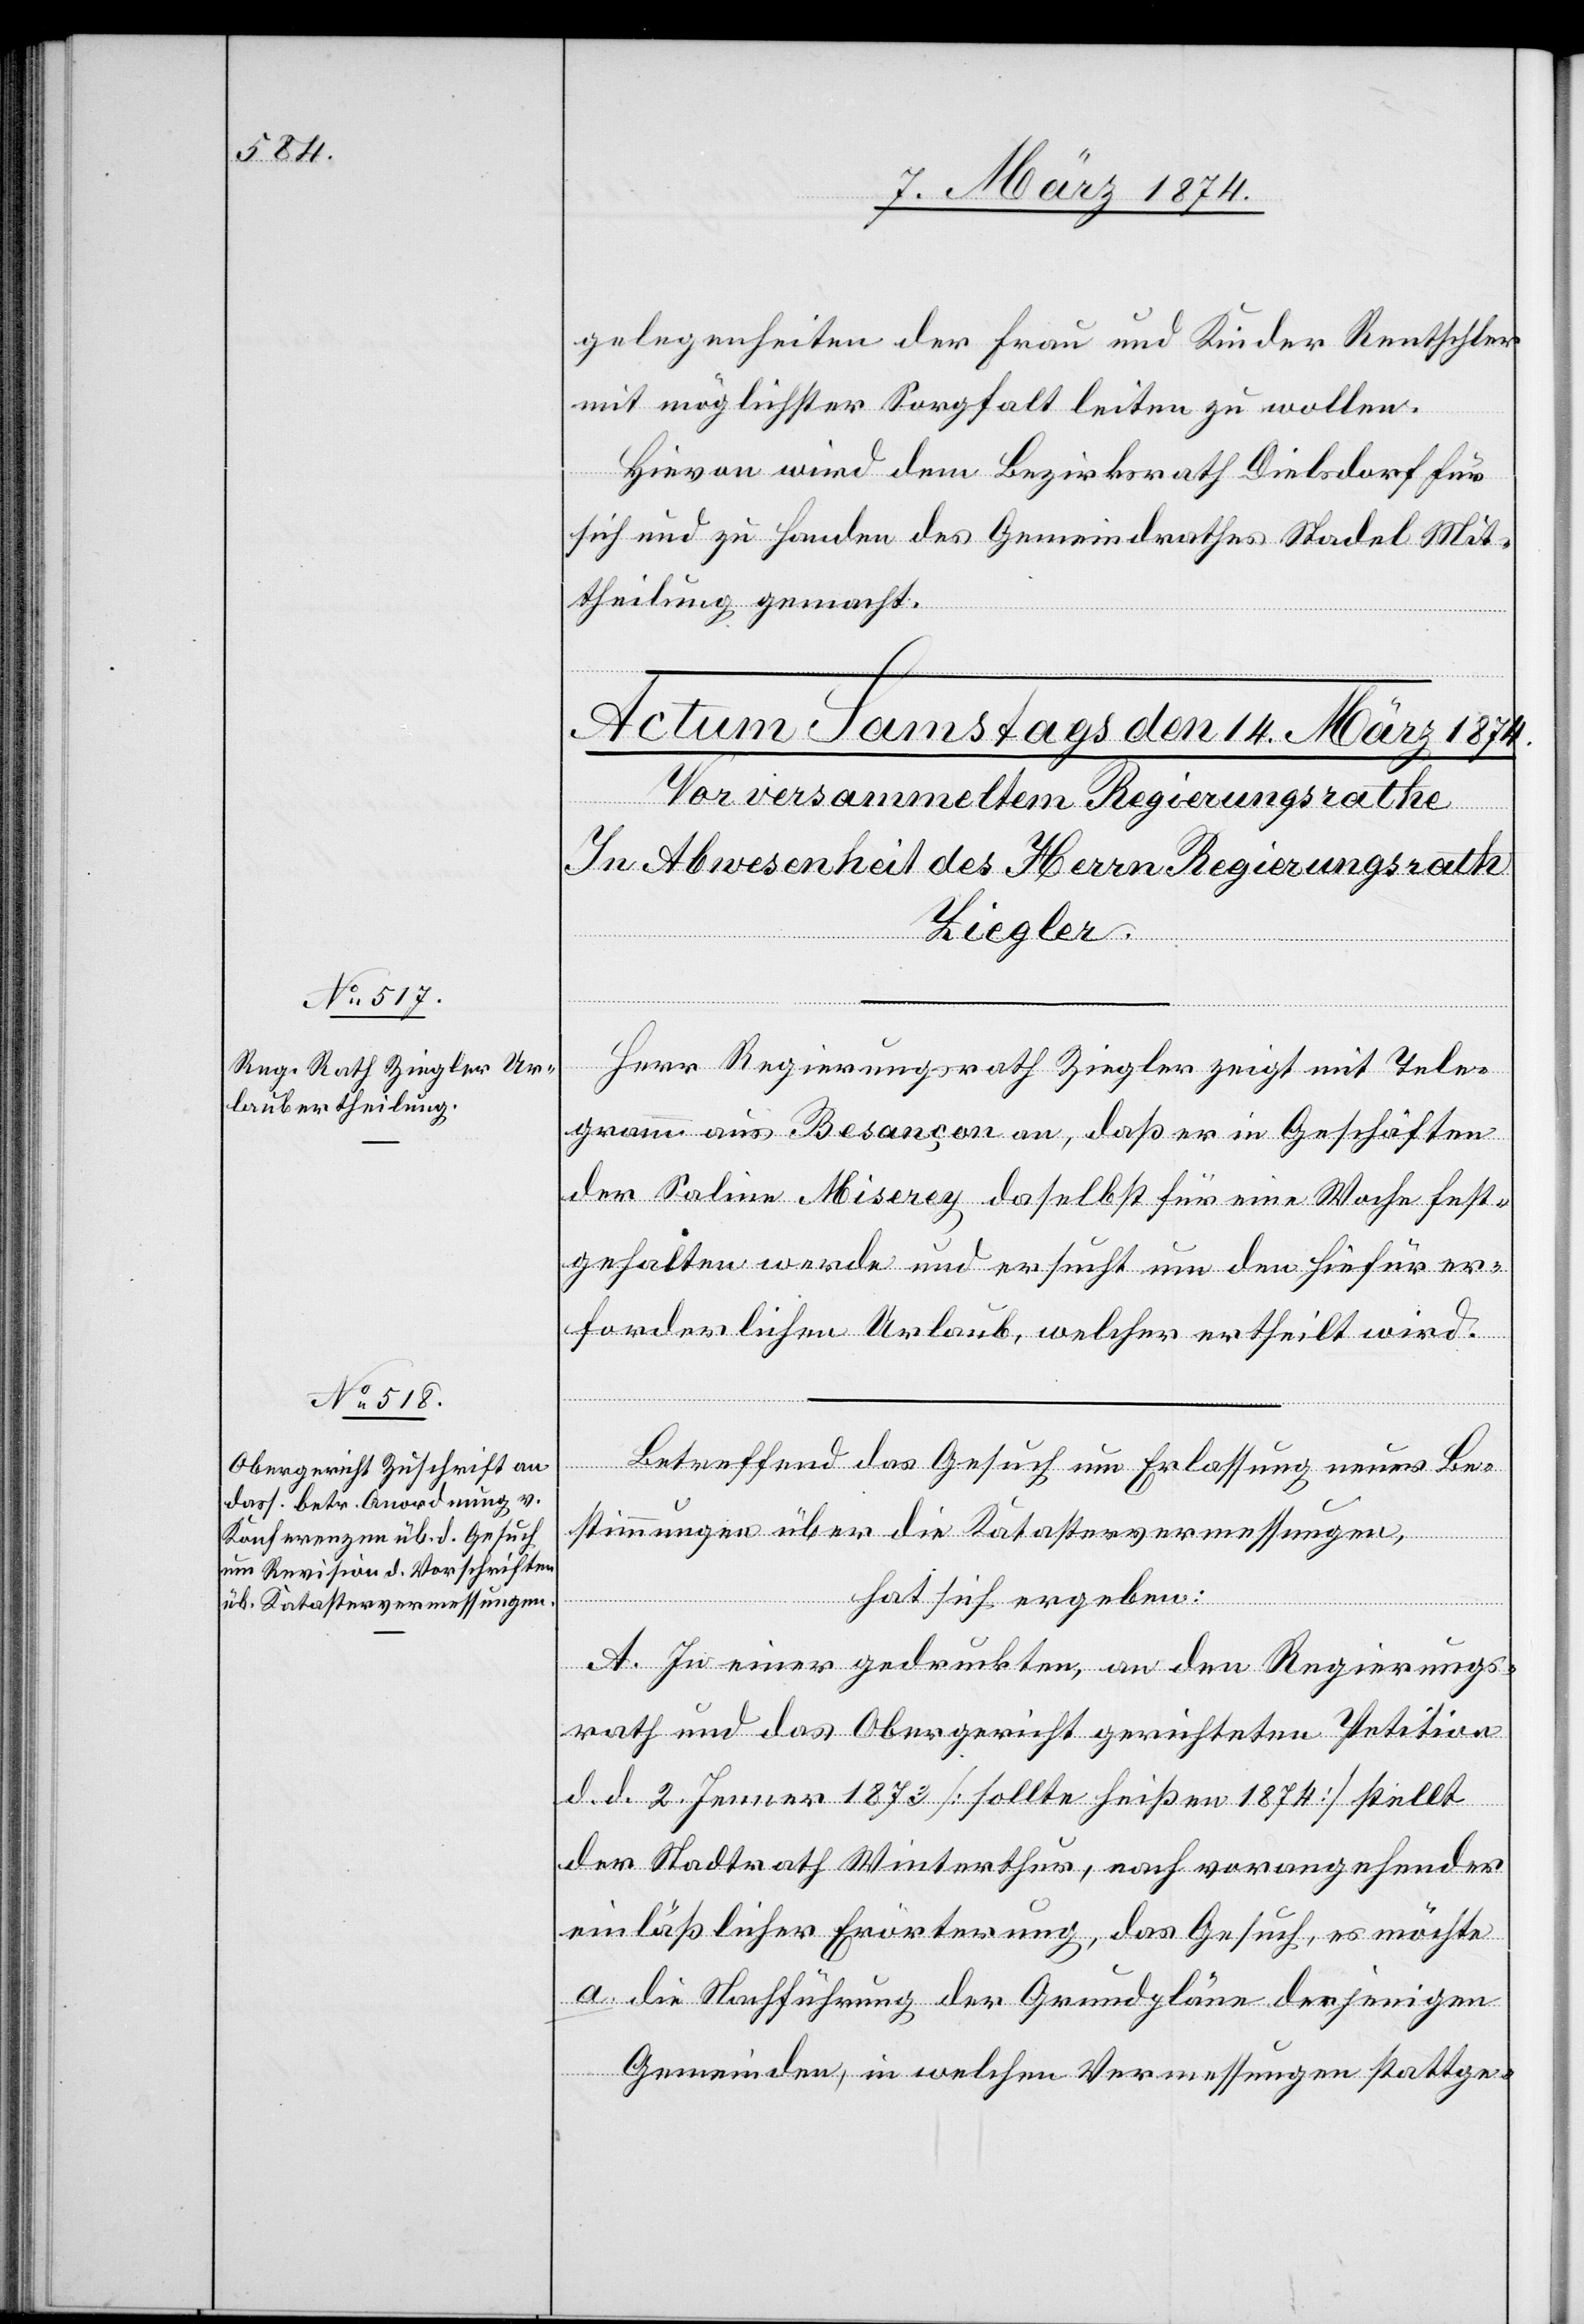
gelegenheiten der Frau und Kinder Rentschler
mit möglichster Sorgfalt leiten zu wollen.
Hievon wird dem Bezirksrath Dielsdorf für
sich und zu Handen des Gemeindrathes Stadel Mit¬
theilung gemacht.
Herr Regierungsrath Ziegler zeigt mit Tele¬
gramm aus Besançon an, daß er in Geschäften
der Saline Miserey daselbst für eine Woche fest¬
gehalten werde und ersucht um den hiefür er¬
forderlichen Urlaub, welcher ertheilt wird.
Betreffend das Gesuch um Erlassung neuer Be¬
stimmungen über die Katastervermessungen,
hat sich ergeben:
A. In einer gedruckten, an den Regierungs¬
rath und das Obergericht gerichteten Petition
d. d. 2. Jenner 1873 [sollte heißen 1874] stellt
der Stadtrath Winterthur, nach vorangehender
einläßlicher Erörterung, das Gesuch, es möchte
a. die Nachführung der Grundpläne derjenigen
Gemeinden, in welchen Vermessungen stattge-